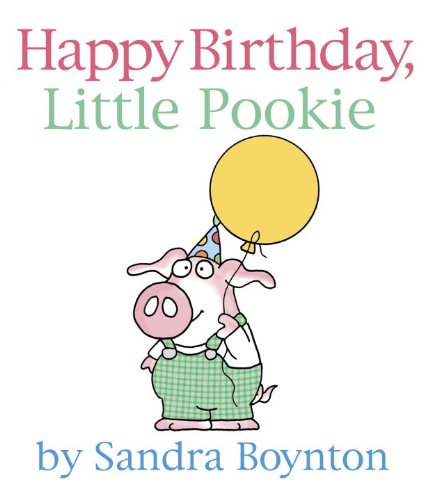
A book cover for Happy Birthday, Little Pookie (Pookie Books); Sandra Boynton; Children's Books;